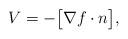
LaTeX: \begin{align*} V=- \big[\nabla f\cdot n\big] ,\end{align*}